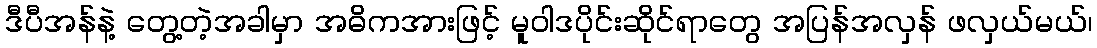
ဒီပီအန်နဲ့ တွေ့တဲ့အခါမှာ အဓိကအားဖြင့် မူဝါဒပိုင်းဆိုင်ရာတွေ အပြန်အလှန် ဖလှယ်မယ်၊